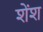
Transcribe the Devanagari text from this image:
शेंश